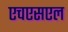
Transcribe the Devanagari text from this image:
एचएसएल